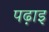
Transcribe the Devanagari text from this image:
पढ़ाइ